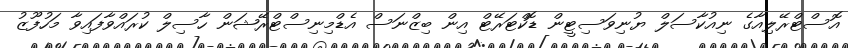
އޮސްޓްރޭލިއާގެ ނިއުކާސަލް ޔުނިވަސިޓީން ޑޮކްޓަރޭޓް އިން ބިޒްނަސް އެޑްމިނިސްޓްރޭޝަން ހާސިލް ކުރައްވާފައިވާ މަހުފޫޒު